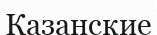
Казанские